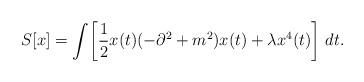
LaTeX: \begin{align*}S[x]=\int\!\left[\frac{1}{2}x(t)(-\partial^2+m^2)x(t)+\lambda x^{4}(t)\right]\,dt.\end{align*}